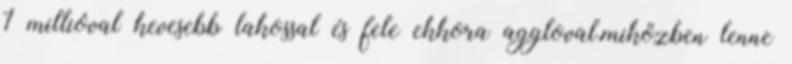
1 millióval kevesebb lakossal és fele ekkora aggloval,miközben lenne